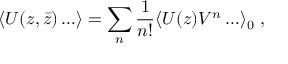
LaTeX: \langle U ( z , \bar { z } ) \ldots \rangle = \sum _ { n } { \frac { 1 } { n ! } } \langle U ( z ) V ^ { n } \ldots \rangle _ { 0 } \; ,